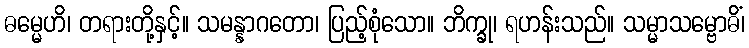
ဓမ္မေဟိ၊ တရားတို့နှင့်။ သမန္နာဂတော၊ ပြည့်စုံသော။ ဘိက္ခု၊ ရဟန်းသည်။ သမ္မာသမ္ဗောဓိံ၊